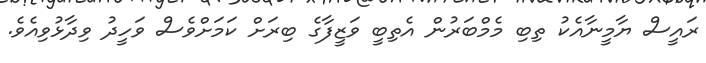
ރައީސް ޔާމީނާއެކު ތިބި މެމްބަރުން އެތިބީ ވަޒީފާގެ ބިރަށް ކަމަށްވެސް ވަހީދު ވިދާޅުވިއެވެ.